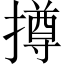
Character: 撙